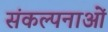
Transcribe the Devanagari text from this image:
संकल्‍पनाओं